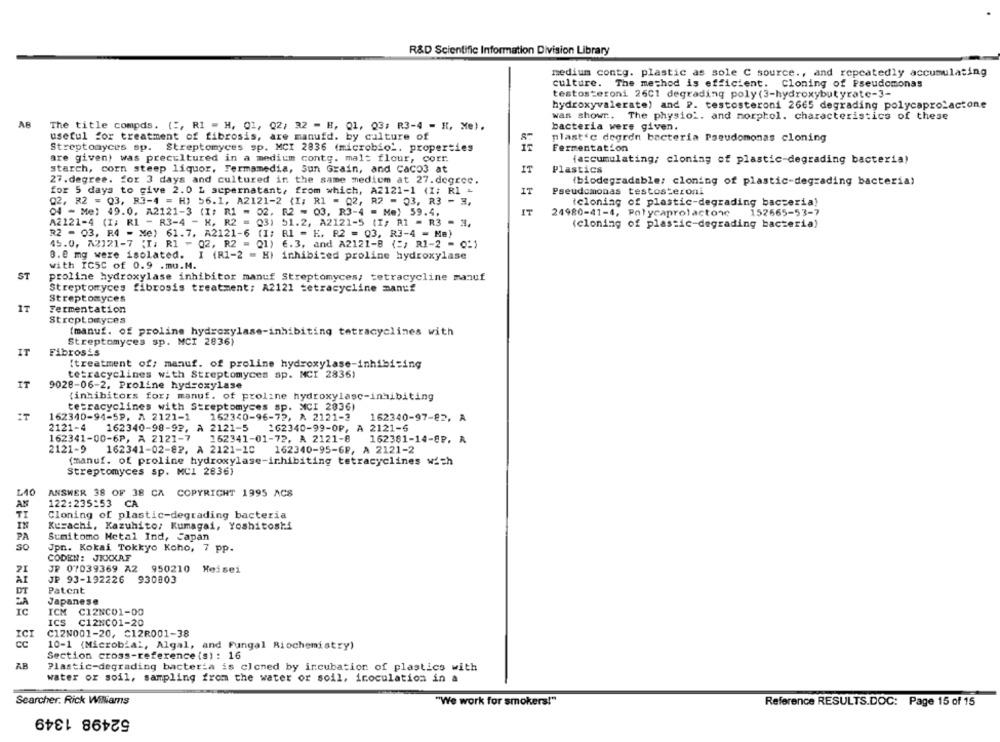
R&D Scientific Information Division Library
medium contg. plastic as sole C source ., and repeatedly accumulating
culture. The method is efficient. Cloning of Pseudomonas
testosteroni 2601 degrading poly (3-hydroxybutyrate-3-
hydroxyvalerate) and P. testosteroni 2665 degrading polycaprolactone
was showr. The physio'. and morphol. characteristics of these
AB
The title compds. ( :, RI - H, 01, Q2/ 32 - H, Q1, Q3; R3-4 - H, Me).
bacteria were given.
useful for treatment of fibrosis, are manufd. by culture of
plastic degren bacteria Pseudomonas cloning
Streptomyces sp. Streptomyces sp. MCI 2836 (microbiol. properties
Fermentation
are given) was precultured in a medium contg. malt flour, corr.
(accumulating; cloning of plastic-degrading bacteria)
starch, corn steep liquor, Fermamedia, Sun Grain, and Caco3 at
IT
Plastics
27.degree. for 3 days and cultured in the same mediom at 27.degree.
(biodegradable: cloning of plastic-degrading bacteria)
for 5 days to give 2.0 L sepernatant, from which, A2121-1 (I; Rl -
IT
Pseudomonas testosteroni
Q2, 32 = Q3, R3-4 = H) 56.1, A2121-2 {I; R1 = 02, R2 - 03, R3 - H,
(cloning of plastic-degrading bacteria!
04 - Me: 49.0. A2121-3 (I: R1 = 02, R2 - 03. R3-4 - Me) 59.4.
IT
24980-41-4, Polycaprolactone
152665-53-7
A2121-4 (I; R1 - R3-4 - K, R2 = 03) 51.2, A2121-5 (I; R1 = R3 - 3,
(cloning of plastic-degrading bacteria)
R2 - 03, R4 - Me) 61.7. A2121-6 (I; R1 - K. R2 = 03, R3-4 = Me)
45.0, A2121-7 (I; R1 - 02, R2 = Q1) 6.3, and A2121-B (=) R1-2 - 0:)
0.e mg were isolated.
I (R1-2 = H) inhibited proline hydroxylase
with IC5C of 0.9 .mu.M.
ST
proline hydroxylase inhibitor manuf Streptomyces, tetracycline manuf
Streptomyces fibrosis treatment; A2121 tetracycline manuf
Streptomyces
Fermentation
Streptomyces
(manuf. of proline hydroxylase-inhibiting tetracyclines with
Streptomyces sp. MCI 2836)
IT
Fibrosis
[treatment of; manuf. of proline hydroxylase-inhibiting
tetracyclines with Streptomyces sp. MCI 28361
IT
9028-06-2. Proline hydroxylase
(inhibitors for; manuf. of proline hydroxylasc-inhibiting
tetracyclines with Streptomyces sp. NCI 2836)
162340-94-5P. A 2121-1
162340-96-72, A 2121-3
162340-97-82, A
2121-4
162340-98-92, A 2121-5
162340-99-0P, A 2121-6
162341-00-6P, A 2121-7
162341-01-72, A 2121-8
162381-14-8P. R
2121-9
162341-02-82. À 2121-10
162340-95-6P, A 2121-2
(manuf. of proline hydroxylase-inhibiting tetracyclines wich
Streptomyces sp. MC1 2836)
L40
ANSWER 38 OF 38 CA COPYRIGHT 1995 ACS
122:235:53 CA
Cloning of plastic-degrading bacteria
Kusachi, Kazuhito: Kumagai, Yoshitoshi
PA
Sumitomo Metal Ind, Japan
Jpn. Kokai Tokkyo Koho, 7 pp.
CODEN: JKKKAF
JP 07039369 A2 950210 Heisei
AI
JE 93-192226 930803
DT
Patent
Japanese
IC
ICM C12NC01-00
ICS
C12NC01-20
IC
C12N001-20, C12R001-38
10-1 (Microbial, Algal, and Fungal Riochemistry)
Section cross-reference (s): 16
AB
Plastic-degrading bacteria is cloned by incubation of plastics with
water or soil, sampling from the water or soil, inoculation in a
Searcher. Rick Williams
"We work for smokers!"
Reference RESULTS.DOC: Page 15 of 15
52498 1349